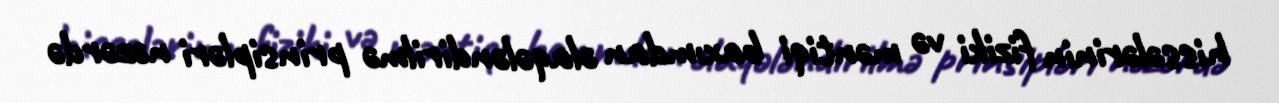
hissələrinin fiziki və məntiqi baxımdan əlaqələndirilmə prinsipləri nəzərdə